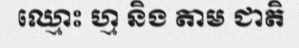
ឈ្មោះ ហ្ម និង តាម ជាតិ